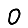
Digit: 0